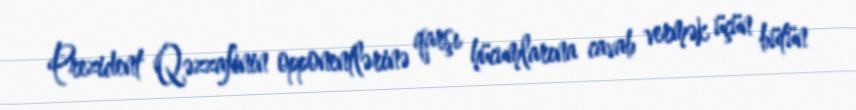
Prezident Qəzzafinin opponentlərinə qarşı hücumlarına cavab vermək üçün bütün